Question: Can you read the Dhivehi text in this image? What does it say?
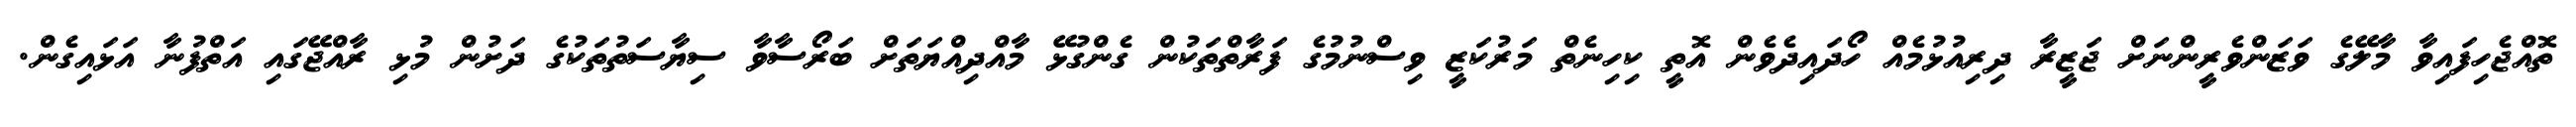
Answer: ތޮއްޖެހިފައިވާ މާލޭގެ ވަޒަންވެރީންނަށް ޖަޒީރާ ދިރިއުޅުމެއް ހޯދައިދެވެން އޮތީ ކިހިނެތް މަރުކަޒީ ވިސްނުމުގެ ފަރާތްތަކުން ގެންގުޅޭ މާއްދިއްޔަތަށް ބަރޯސާވާ ސިޔާސަތުތަކުގެ ދަށުން މުޅި ރާއްޖޭގައި އަތްފުނާ އަޅައިގެން.